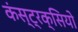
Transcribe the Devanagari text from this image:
कंस्ट्रक्सियो